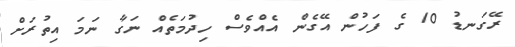
ރޭގަނޑު 10 ގެ ފަހުން އޭގެން އެއްވެސް ހިދުމަތެއް ނަގާ ނަމަ އިތުރަށް